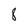
Character: 8